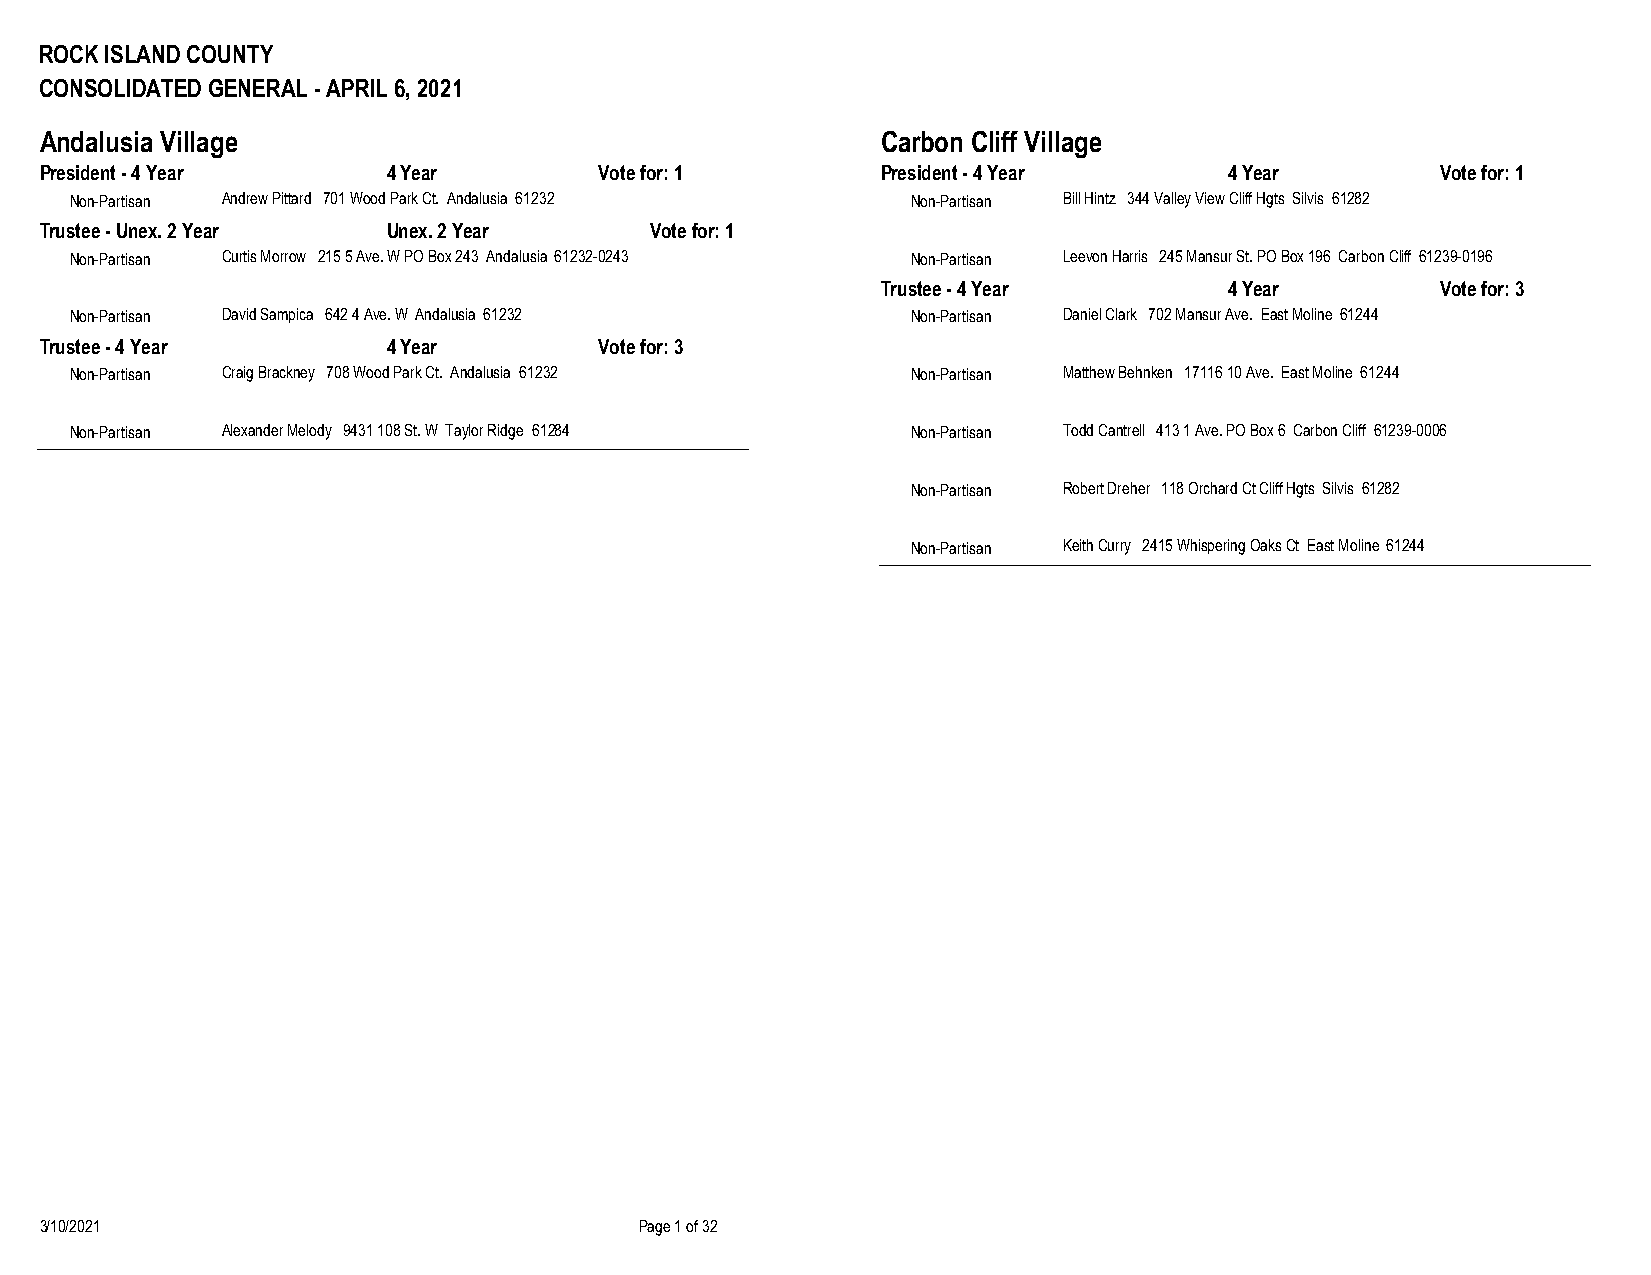
ROCK ISLAND COUNTY
 CONSOLIDATED GENERAL - APRIL 6, 2021
 Andalusia Village                                      Carbon Cliff Village
 President - 4 Year     4 Year        Vote for: 1       President - 4 Year     4 Year        Vote for: 1
 Non-Partisan Andrew Pittard 701 Wood Park Ct. Andalusia 61232 Non-Partisan Bill Hintz 344 Valley View Cliff Hgts Silvis 61282
 Trustee - Unex. 2 Year Unex. 2 Year     Vote for: 1
 Non-Partisan Curtis Morrow 215 5 Ave. W PO Box 243 Andalusia 61232-0243 Non-Partisan Leevon Harris 245 Mansur St. PO Box 196 Carbon Cliff 61239-0196
 Trustee - 4 Year       4 Year        Vote for: 3
 Non-Partisan David Sampica 642 4 Ave. W Andalusia 61232 Non-Partisan Daniel Clark 702 Mansur Ave. East Moline 61244
 Trustee - 4 Year       4 Year        Vote for: 3
 Non-Partisan Craig Brackney 708 Wood Park Ct. Andalusia 61232 Non-Partisan Matthew Behnken 17116 10 Ave. East Moline 61244
 Non-Partisan Alexander Melody 9431 108 St. W Taylor Ridge 61284 Non-Partisan Todd Cantrell 413 1 Ave. PO Box 6 Carbon Cliff 61239-0006
 Non-Partisan Robert Dreher 118 Orchard Ct Cliff Hgts Silvis 61282
 Non-Partisan Keith Curry 2415 Whispering Oaks Ct East Moline 61244
 3/10/2021                              Page 1 of 32